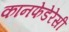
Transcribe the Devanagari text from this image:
कानफेडेरेसी